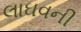
લાઘવની